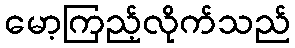
မော့ကြည့်လိုက်သည်